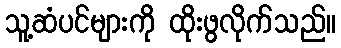
သူ့ဆံပင်များကို ထိုးဖွလိုက်သည်။